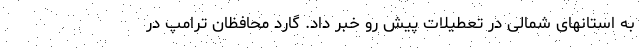
به استانهای شمالی در تعطیلات پیش رو خبر داد. گارد محافظان ترامپ در